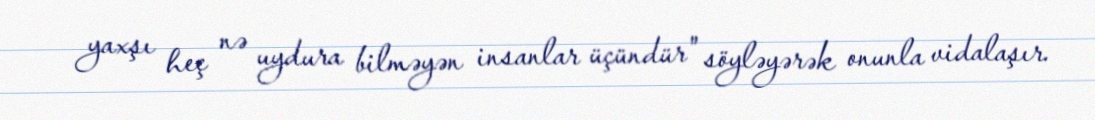
yaxşı heç nə uydura bilməyən insanlar üçündür" söyləyərək onunla vidalaşır.